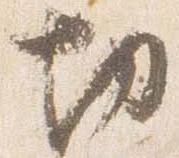
切